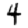
Digit: 4